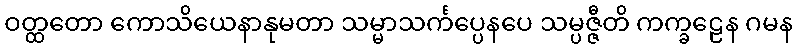
ဝတ္ထတော ကောသိယေနာနုမတာ သမ္မာသင်္ကပ္ပေနပေ သမ္ပဇ္ဇီတိ ကက္ခဠေန ဂမန